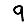
Digit: 9